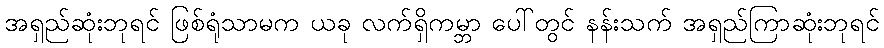
အရှည်ဆုံးဘုရင် ဖြစ်ရုံသာမက ယခု လက်ရှိကမ္ဘာ ပေါ်တွင် နန်းသက် အရှည်ကြာဆုံးဘုရင်